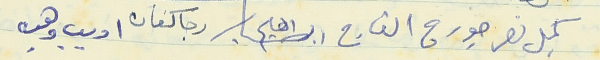
كميل نصر جورج القارج ابراهيم رجا كنعان اديب وهبه